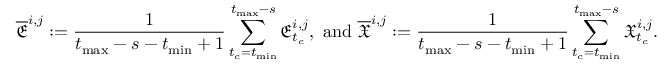
\overline { { \mathfrak { E } } } ^ { i , j } : = \frac { 1 } { t _ { \operatorname* { m a x } } - s - t _ { \operatorname* { m i n } } + 1 } \sum _ { t _ { c } = t _ { \operatorname* { m i n } } } ^ { t _ { \operatorname* { m a x } } - s } \mathfrak { E } _ { t _ { c } } ^ { i , j } , \mathrm { ~ a n d ~ } \overline { { \mathfrak { X } } } ^ { i , j } : = \frac { 1 } { t _ { \operatorname* { m a x } } - s - t _ { \operatorname* { m i n } } + 1 } \sum _ { t _ { c } = t _ { \operatorname* { m i n } } } ^ { t _ { \operatorname* { m a x } } - s } \mathfrak { X } _ { t _ { c } } ^ { i , j } .